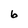
Character: 6